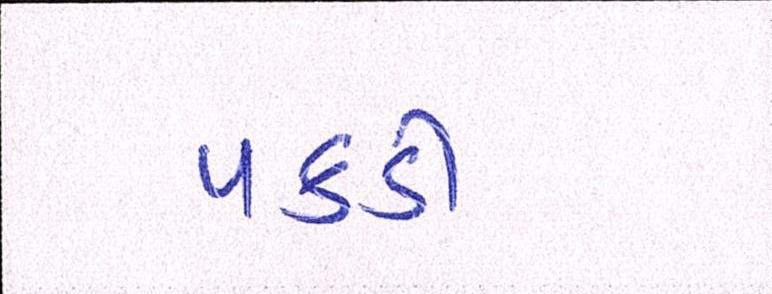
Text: પકડી